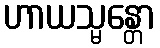
ဟာယသ္မန္တော